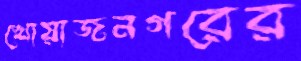
খোয়াজনগরের